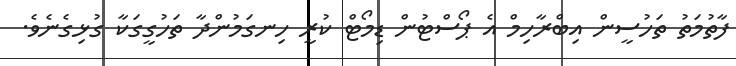
ފާތުމަތު ތަހުސީން އިބްރާހިމް އެ ޕޯސްޓުން ޑިމޯޓް ކުރީ ހިނގަމުންދާ ތަހުގީގަކާ ގުޅިގެނެވެ.